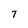
Character: 7